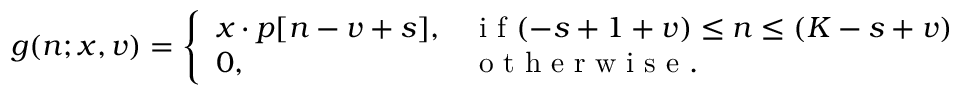
g ( n ; x , v ) = \left\{ \begin{array} { l l } { x \cdot p [ n - v + s ] , } & { \mathrm { ~ i ~ f ~ } ( - s + 1 + v ) \leq n \leq ( K - s + v ) } \\ { 0 , } & { \mathrm { ~ o ~ t ~ h ~ e ~ r ~ w ~ i ~ s ~ e ~ . ~ } } \end{array} \right.